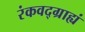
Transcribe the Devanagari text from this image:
रंकवद्ग्राह्यं